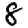
Digit: 8